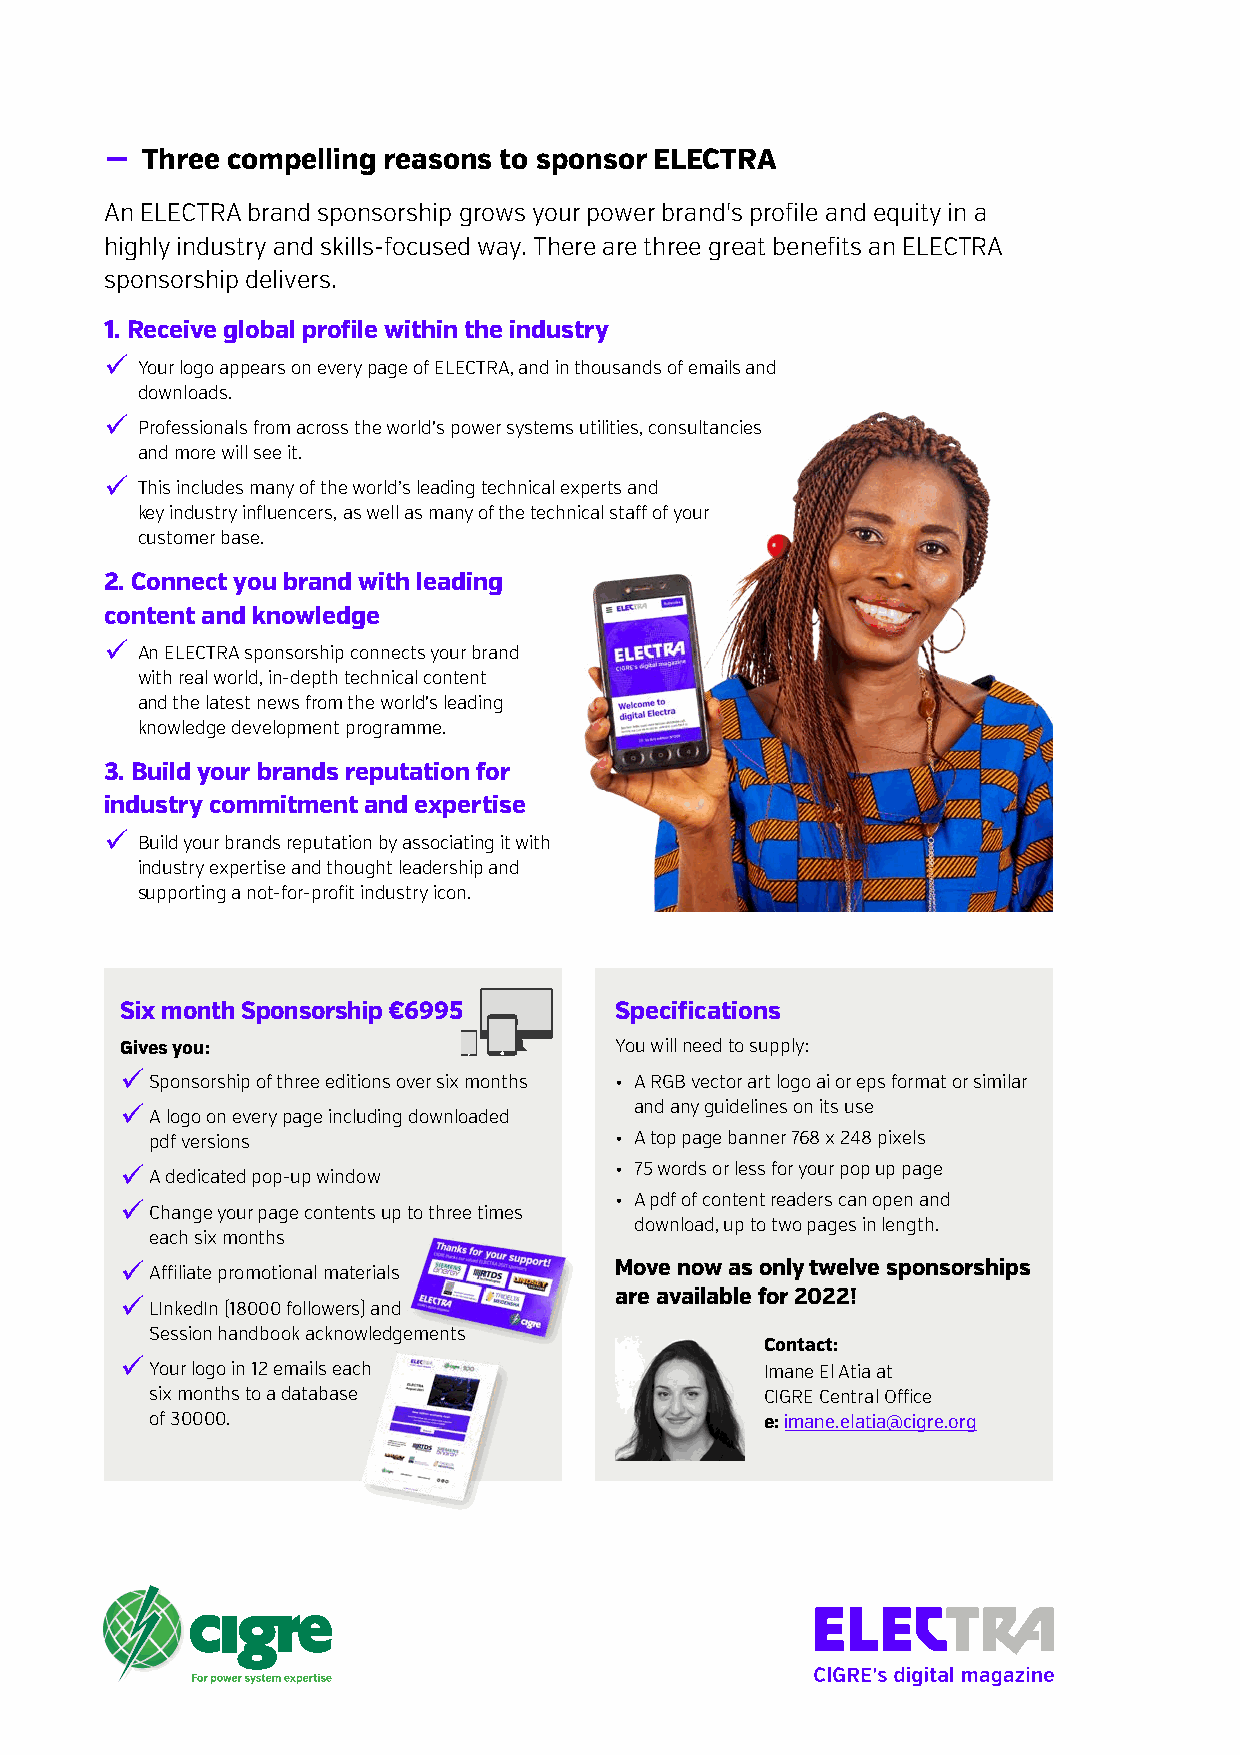
− Three compelling reasons to sponsor ELECTRA
 An ELECTRA brand sponsorship grows your power brand's profile and equity in a
 highly industry and skills-focused way. There are three great benefits an ELECTRA
 sponsorship delivers.
 1. Receive global profile within the industry
 
 Your logo appears on every page of ELECTRA, and in thousands of emails and
 downloads.
 
 Professionals from across the world's power systems utilities, consultancies
 and more will see it.
 
 This includes many of the world’s leading technical experts and
 key industry influencers, as well as many of the technical staff of your
 customer base.
 2. Connect you brand with leading
 content and knowledge
 
 An ELECTRA sponsorship connects your brand
 with real world, in-depth technical content
 and the latest news from the world's leading
 knowledge development programme.
 3. Build your brands reputation for
 industry commitment and expertise
 
 Build your brands reputation by associating it with
 industry expertise and thought leadership and
 supporting a not-for-profit industry icon.
 Six month Sponsorship €6995      Specifications
 Gives you:                       You will need to supply:
 
 Sponsorship of three editions over six months • A RGB vector art logo ai or eps format or similar
 
 A logo on every page including downloaded
 and any guidelines on its use
 pdf versions                   • A top page banner 768 x 248 pixels
 
 A dedicated pop-up window
 • 75 words or less for your pop up page
 
 Change your page contents up to three times
 • A pdf of content readers can open and
 download, up to two pages in length.
 each six months
 
 Affiliate promotional materials
 Move now as only twelve sponsorships
 
 LInkedIn (18000 followers) and
 are available for 2022!
 Session handbook acknowledgements
 Contact:
 
 Your logo in 12 emails each              Imane El Atia at
 six months to a database                 CIGRE Central Office
 of 30000.                                e: imane.elatia@cigre.org